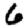
Digit: 6